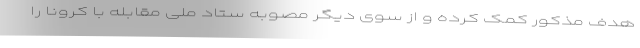
هدف مذکور کمک کرده و از سوی دیگر مصوبه ستاد ملی مقابله با کرونا را